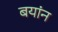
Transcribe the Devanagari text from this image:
बयांन